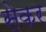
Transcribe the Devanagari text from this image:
सेकर